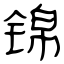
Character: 锦